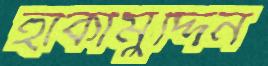
হাকীমুদ্দিন